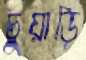
চুয়াড়ি